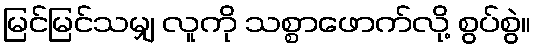
မြင်မြင်သမျှ လူကို သစ္စာဖောက်လို့ စွပ်စွဲ။